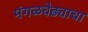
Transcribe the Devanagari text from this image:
मंगळवेढ्याचा